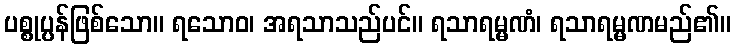
ပစ္စုပ္ပန်ဖြစ်သော။ ရသောဝ၊ အရသာသည်ပင်။ ရသာရမ္မဏံ၊ ရသာရမ္မဏမည်၏။